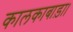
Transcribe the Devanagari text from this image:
कालकाबाड़ा।